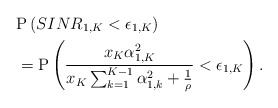
\begin{align*}&\mathrm{P}\left(SINR_{1,K}<\epsilon_{1,K}\right) \\ &= \mathrm{P}\left(\frac{x_K \alpha_{1,K}^2 }{ x_K\sum^{K-1}_{k=1} \alpha_{1,k}^2 +\frac{1}{\rho}}<\epsilon_{1,K}\right).\end{align*}